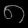
Digit: ၈